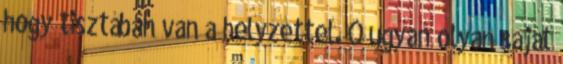
hogy tisztában van a helyzettel. Ő ugyan olyan saját